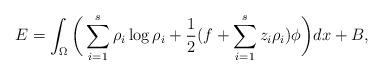
LaTeX: \begin{align*}E= \int_{\Omega}\bigg( \sum_{i=1}^s \rho_i\log \rho_i+\frac{1}{2}(f+\sum_{i=1}^s z_i\rho_i)\phi \bigg )d x +B,\end{align*}